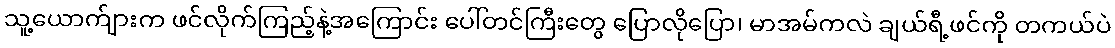
သူ့ယောက်ျားက ဖင်လိုက်ကြည့်နဲ့အကြောင်း ပေါ်တင်ကြီးတွေ ပြောလိုပြော၊ မာအမ်ကလဲ ချယ်ရီ့ဖင်ကို တကယ်ပဲ